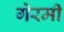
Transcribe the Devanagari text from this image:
गेरमी